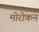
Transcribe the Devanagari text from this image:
मोरोकन